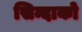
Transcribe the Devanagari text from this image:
सिन्दाको